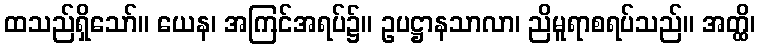
ထသည်ရှိသော်။ ယေန၊ အကြင်အရပ်၌။ ဥပဋ္ဌာနသာလာ၊ ညိမူရာစရပ်သည်။ အတ္ထိ၊